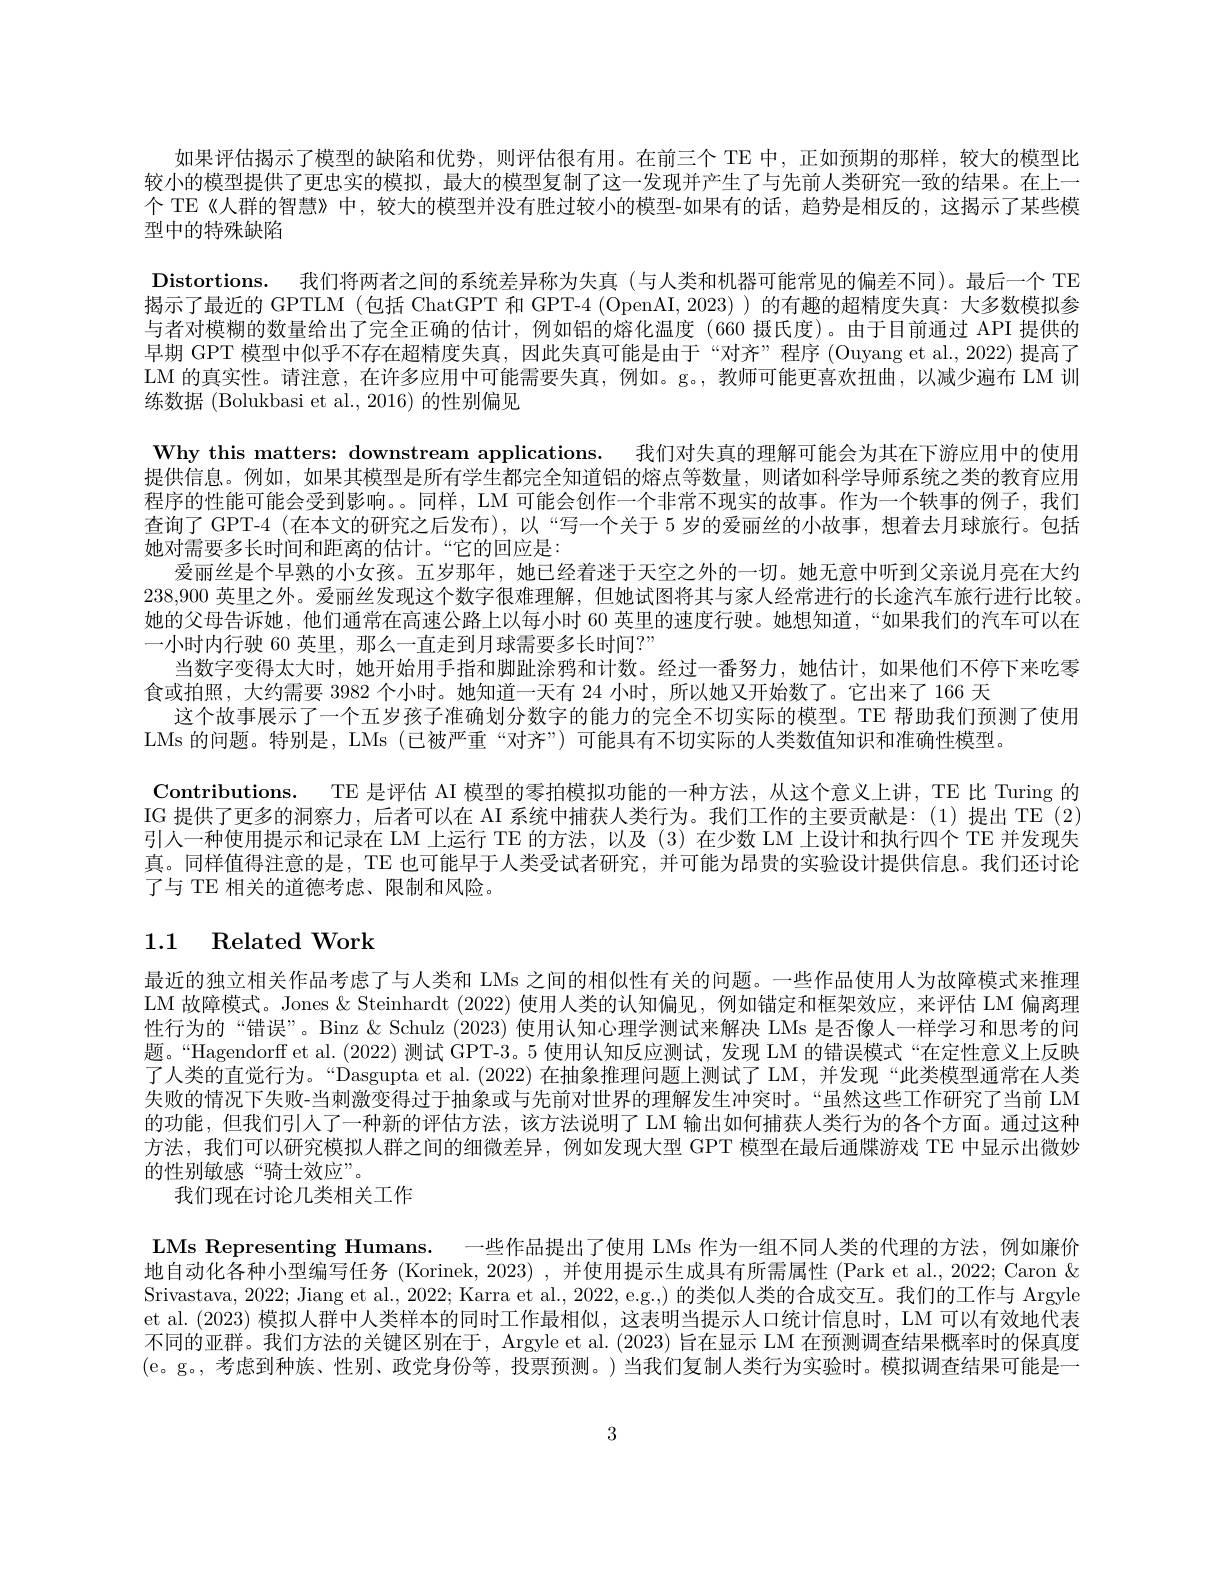
如果评估揭示了模型的缺陷和优势，则评估很有用。在前三个 TE 中，正如预期的那样，较大的模型比较小的模型提供了更忠实的模拟，最大的模型复制了这一发现并产生了与先前人类研究一致的结果。在上一个 TE《人群的智慧》中，较大的模型并没有胜过较小的模型-如果有的话，趋势是相反的，这揭示了某些模型中的特殊缺陷
Distortions. 我们将两者之间的系统差异称为失真 (与人类和机器可能常见的偏差不同)。最后一个 TE 揭示了最近的 GPTLM (包括 ChatGPT 和 GPT-4 (OpenAI,2023)) 的有趣的超精度失真：大多数模拟参与者对模糊的数量给出了完全正确的估计，例如铝的熔化温度(660 摄氏度)。由于目前通过 API 提供的早期 GPT 模型中似乎不存在超精度失真，因此失真可能是由于“对齐”程序(Ouyang et al., 2022) 提高了LM 的真实性。请注意，在许多应用中可能需要失真，例如。g。,教师可能更喜欢扭曲，以减少遍布 LM 训练数据 (Bolukbasi et al., 2016) 的性别偏见
Why this matters: downstream applications. 我们对失真的理解可能会为其在下游应用中的使用提供信息。例如，如果其模型是所有学生都完全知道铝的熔点等数量，则诸如科学导师系统之类的教育应用程序的性能可能会受到影响。。同样，LM 可能会创作一个非常不现实的故事。作为一个轶事的例子，我们查询了 GPT-4 (在本文的研究之后发布),以“写一个关于 5 岁的爱丽丝的小故事，想着去月球旅行。包括她对需要多长时间和距离的估计。“它的回应是：
爱丽丝是个早熟的小女孩。五岁那年，她已经着迷于天空之外的一切。她无意中听到父亲说月亮在大约238,900英里之外。爱丽丝发现这个数字很难理解，但她试图将其与家人经常进行的长途汽车旅行进行比较。她的父母告诉她，他们通常在高速公路上以每小时 60 英里的速度行驶。她想知道，“如果我们的汽车可以在一小时内行驶 60 英里，那么一直走到月球需要多长时间？”
当数字变得太大时，她开始用手指和脚趾涂鸦和计数。经过一番努力，她估计，如果他们不停下来吃零
食或拍照，大约需要 3982 个小时。她知道一天有 24 小时，所以她又开始数了。它出来了 166 天
这个故事展示了一个五岁孩子准确划分数字的能力的完全不切实际的模型。TE 帮助我们预测了使用
LMs 的问题。特别是，LMs (已被严重“对齐”) 可能具有不切实际的人类数值知识和准确性模型。
Contributions. TE 是评估 AI 模型的零拍模拟功能的一种方法，从这个意义上讲，TE 比 Turing 的IG 提供了更多的洞察力，后者可以在 AI 系统中捕获人类行为。我们工作的主要贡献是：(1)提出 TE (2) 引人一种使用提示和记录在 LM 上运行 TE 的方法，以及 (3) 在少数 LM 上设计和执行四个 TE 并发现失真。同样值得注意的是，TE 也可能早于人类受试者研究，并可能为昂贵的实验设计提供信息。我们还讨论了与 TE 相关的道德考虑、限制和风险。

# 1.1 Related Work

最近的独立相关作品考虑了与人类和 LMs 之间的相似性有关的问题。一些作品使用人为故障模式来推理LM 故障模式。Jones &Steinhardt (2022) 使用人类的认知偏见，例如锚定和框架效应，来评估 LM 偏离理性行为的“错误”。Binz & Schulz (2023) 使用认知心理学测试来解决 LMs 是否像人一样学习和思考的问题。“Hagendorff et al.(2022) 测试 GPT-3。5 使用认知反应测试，发现 LM 的错误模式“在定性意义上反映了人类的直觉行为。“Dasgupta et al.(2022)在抽象推理问题上测试了 LM,并发现“此类模型通常在人类失败的情况下失败-当刺激变得过于抽象或与先前对世界的理解发生冲突时。“虽然这些工作研究了当前 LM 的功能，但我们引人了一种新的评估方法，该方法说明了 LM 输出如何捕获人类行为的各个方面。通过这种方法，我们可以研究模拟人群之间的细微差异，例如发现大型 GPT 模型在最后通牒游戏 TE 中显示出微妙的性别敏感“骑士效应”。

我们现在讨论几类相关工作

LMs Representing Humans. 一些作品提出了使用 LMs 作为一组不同人类的代理的方法，例如廉价地自动化各种小型编写任务 (Korinek, 2023) , 并使用提示生成具有所需属性 (Park et al., 2022; Caron & Srivastava, 2022; Jiang et al., 2022; Karra et al., 2022, e.g.,) 的类似人类的合成交互。我们的工作与 Argyle et al. (2023) 模拟人群中人类样本的同时工作最相似，这表明当提示人口统计信息时，LM 可以有效地代表不同的亚群。我们方法的关键区别在于，Argyle et al. (2023) 旨在显示 LM 在预测调查结果概率时的保真度(e。g。,考虑到种族、性别、政党身份等，投票预测。)当我们复制人类行为实验时。模拟调查结果可能是一

3